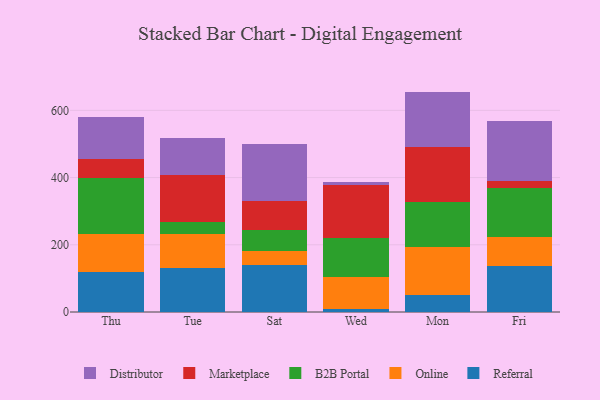
{"axis": {"x": "Day", "y": "Churn Rate (%)"}, "legend": ["B2B Portal", "Distributor", "Marketplace", "Online", "Referral"], "data": [{"x": "Thu", "y": 119.7, "type": "Referral"}, {"x": "Thu", "y": 112.3, "type": "Online"}, {"x": "Thu", "y": 167.6, "type": "B2B Portal"}, {"x": "Thu", "y": 54.9, "type": "Marketplace"}, {"x": "Thu", "y": 125.8, "type": "Distributor"}, {"x": "Tue", "y": 130.6, "type": "Referral"}, {"x": "Tue", "y": 101.3, "type": "Online"}, {"x": "Tue", "y": 35.2, "type": "B2B Portal"}, {"x": "Tue", "y": 139.7, "type": "Marketplace"}, {"x": "Tue", "y": 111.3, "type": "Distributor"}, {"x": "Sat", "y": 139.7, "type": "Referral"}, {"x": "Sat", "y": 42.8, "type": "Online"}, {"x": "Sat", "y": 62.9, "type": "B2B Portal"}, {"x": "Sat", "y": 84.3, "type": "Marketplace"}, {"x": "Sat", "y": 170.1, "type": "Distributor"}, {"x": "Wed", "y": 9.5, "type": "Referral"}, {"x": "Wed", "y": 95.9, "type": "Online"}, {"x": "Wed", "y": 115.4, "type": "B2B Portal"}, {"x": "Wed", "y": 155.9, "type": "Marketplace"}, {"x": "Wed", "y": 9.2, "type": "Distributor"}, {"x": "Mon", "y": 50.2, "type": "Referral"}, {"x": "Mon", "y": 142.8, "type": "Online"}, {"x": "Mon", "y": 133.3, "type": "B2B Portal"}, {"x": "Mon", "y": 164.2, "type": "Marketplace"}, {"x": "Mon", "y": 165.3, "type": "Distributor"}, {"x": "Fri", "y": 136.8, "type": "Referral"}, {"x": "Fri", "y": 85.5, "type": "Online"}, {"x": "Fri", "y": 148.0, "type": "B2B Portal"}, {"x": "Fri", "y": 19.8, "type": "Marketplace"}, {"x": "Fri", "y": 179.6, "type": "Distributor"}]}